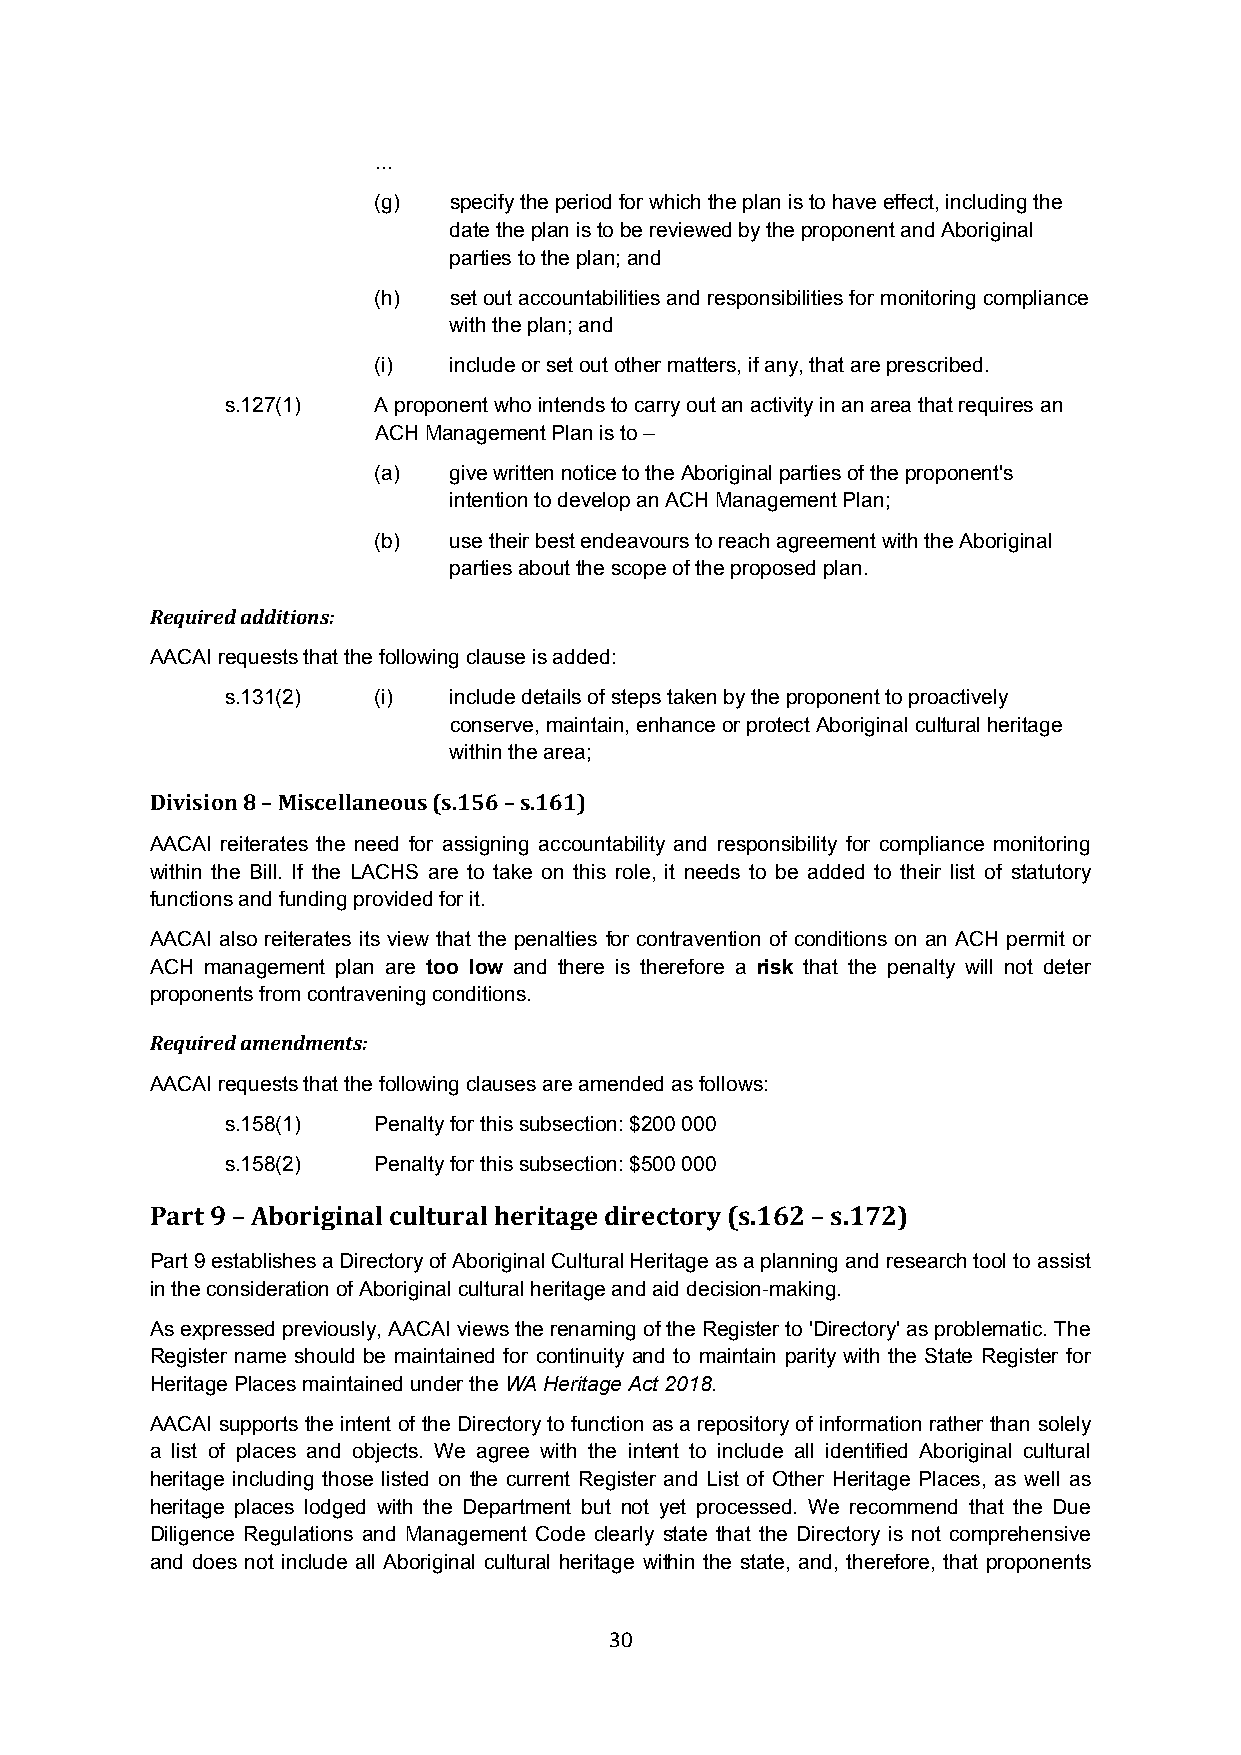
...
 (g)  specify the period for which the plan is to have effect, including the
 date the plan is to be reviewed by the proponent and Aboriginal
 parties to the plan; and
 (h)  set out accountabilities and responsibilities for monitoring compliance
 with the plan; and
 (i)  include or set out other matters, if any, that are prescribed.
 s.127(1)  A proponent who intends to carry out an activity in an area that requires an
 ACH Management Plan is to –
 (a)  give written notice to the Aboriginal parties of the proponent's
 intention to develop an ACH Management Plan;
 (b)  use their best endeavours to reach agreement with the Aboriginal
 parties about the scope of the proposed plan.
 Required additions:
 AACAI requests that the following clause is added:
 s.131(2)  (i)  include details of steps taken by the proponent to proactively
 conserve, maintain, enhance or protect Aboriginal cultural heritage
 within the area;
 Division 8 – Miscellaneous (s.156 – s.161)
 AACAI reiterates the need for assigning accountability and responsibility for compliance monitoring
 within the Bill. If the LACHS are to take on this role, it needs to be added to their list of statutory
 functions and funding provided for it.
 AACAI also reiterates its view that the penalties for contravention of conditions on an ACH permit or
 ACH management plan are too low and there is therefore a risk that the penalty will not deter
 proponents from contravening conditions.
 Required amendments:
 AACAI requests that the following clauses are amended as follows:
 s.158(1)  Penalty for this subsection: $200 000
 s.158(2)  Penalty for this subsection: $500 000
 Part 9 – Aboriginal cultural heritage directory (s.162 – s.172)
 Part 9 establishes a Directory of Aboriginal Cultural Heritage as a planning and research tool to assist
 in the consideration of Aboriginal cultural heritage and aid decision-making.
 As expressed previously, AACAI views the renaming of the Register to 'Directory' as problematic. The
 Register name should be maintained for continuity and to maintain parity with the State Register for
 Heritage Places maintained under the WA Heritage Act 2018.
 AACAI supports the intent of the Directory to function as a repository of information rather than solely
 a list of places and objects. We agree with the intent to include all identified Aboriginal cultural
 heritage including those listed on the current Register and List of Other Heritage Places, as well as
 heritage places lodged with the Department but not yet processed. We recommend that the Due
 Diligence Regulations and Management Code clearly state that the Directory is not comprehensive
 and does not include all Aboriginal cultural heritage within the state, and, therefore, that proponents
 30